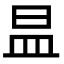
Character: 昷